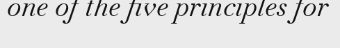
one of the five principles for